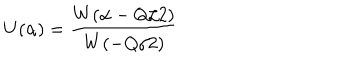
U ( \alpha ) = \frac { W ( \alpha - Q / 2 ) } { W ( - Q / 2 ) }